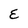
Character: E